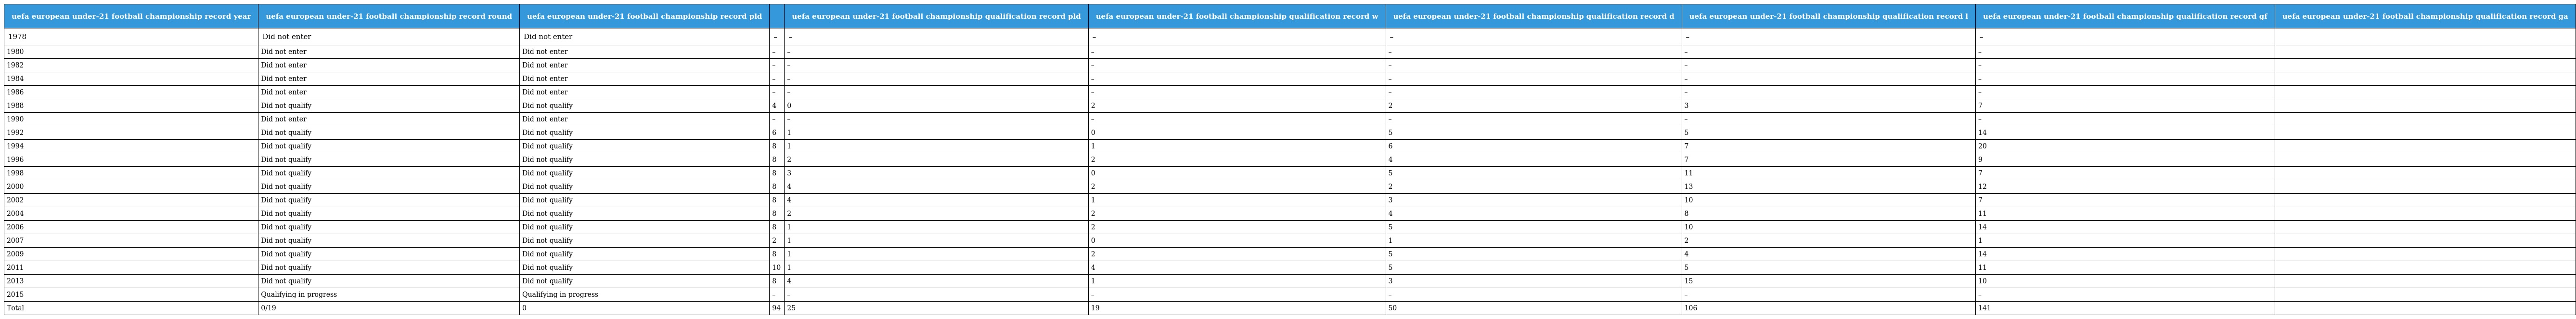
| uefa european under-21 football championship record year | uefa european under-21 football championship record round | uefa european under-21 football championship record pld |  | uefa european under-21 football championship qualification record pld | uefa european under-21 football championship qualification record w | uefa european under-21 football championship qualification record d | uefa european under-21 football championship qualification record l | uefa european under-21 football championship qualification record gf | uefa european under-21 football championship qualification record ga |
 | --- | --- | --- | --- | --- | --- | --- | --- | --- | --- |
 | 1978 | Did not enter | Did not enter | – | – | – | – | – | – |  |
 | 1980 | Did not enter | Did not enter | – | – | – | – | – | – |  |
 | 1982 | Did not enter | Did not enter | – | – | – | – | – | – |  |
 | 1984 | Did not enter | Did not enter | – | – | – | – | – | – |  |
 | 1986 | Did not enter | Did not enter | – | – | – | – | – | – |  |
 | 1988 | Did not qualify | Did not qualify | 4 | 0 | 2 | 2 | 3 | 7 |  |
 | 1990 | Did not enter | Did not enter | – | – | – | – | – | – |  |
 | 1992 | Did not qualify | Did not qualify | 6 | 1 | 0 | 5 | 5 | 14 |  |
 | 1994 | Did not qualify | Did not qualify | 8 | 1 | 1 | 6 | 7 | 20 |  |
 | 1996 | Did not qualify | Did not qualify | 8 | 2 | 2 | 4 | 7 | 9 |  |
 | 1998 | Did not qualify | Did not qualify | 8 | 3 | 0 | 5 | 11 | 7 |  |
 | 2000 | Did not qualify | Did not qualify | 8 | 4 | 2 | 2 | 13 | 12 |  |
 | 2002 | Did not qualify | Did not qualify | 8 | 4 | 1 | 3 | 10 | 7 |  |
 | 2004 | Did not qualify | Did not qualify | 8 | 2 | 2 | 4 | 8 | 11 |  |
 | 2006 | Did not qualify | Did not qualify | 8 | 1 | 2 | 5 | 10 | 14 |  |
 | 2007 | Did not qualify | Did not qualify | 2 | 1 | 0 | 1 | 2 | 1 |  |
 | 2009 | Did not qualify | Did not qualify | 8 | 1 | 2 | 5 | 4 | 14 |  |
 | 2011 | Did not qualify | Did not qualify | 10 | 1 | 4 | 5 | 5 | 11 |  |
 | 2013 | Did not qualify | Did not qualify | 8 | 4 | 1 | 3 | 15 | 10 |  |
 | 2015 | Qualifying in progress | Qualifying in progress | – | – | – | – | – | – |  |
 | Total | 0/19 | 0 | 94 | 25 | 19 | 50 | 106 | 141 |  |